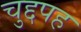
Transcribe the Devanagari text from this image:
चुद्दपह